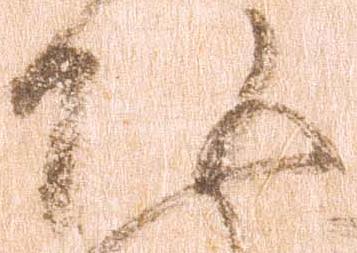
頭